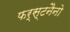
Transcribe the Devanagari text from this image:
फर्स्टनैनो